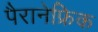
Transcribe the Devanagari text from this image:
पैरानेफ्रिक